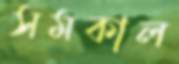
সমকাল